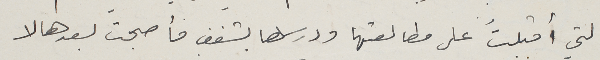
التي أقبلتُ على مطالعتها ودرسها بشغف فأصبحت بعدها لا